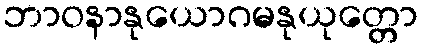
ဘာဝနာနုယောဂမနုယုတ္တော